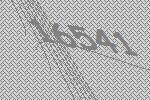
16541